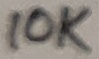
Text: 10K